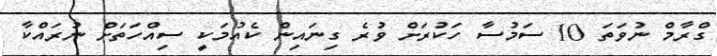
ގްރާމް ނުވަތަ 10 ސަމުސާ ހަކުރަށް ވުރެ ގިނައިން ކެއުމަކީ ސިއްހަތަށް ނުރައްކާ